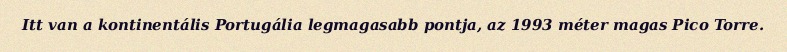
Itt van a kontinentális Portugália legmagasabb pontja, az 1993 méter magas Pico Torre.